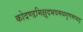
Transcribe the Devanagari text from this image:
कोदण्डमिक्षूदभवमथगुणमप्यड़